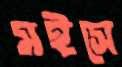
মইসে